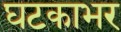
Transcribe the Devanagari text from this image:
घटकाभर